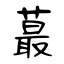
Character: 蕞